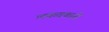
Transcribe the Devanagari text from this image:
लकवकारी